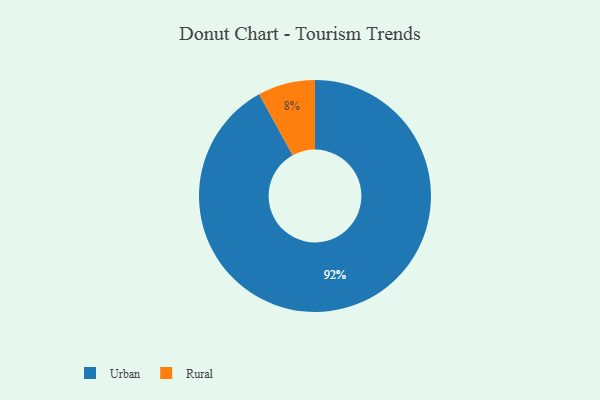
{"axis": {"x": "Category", "y": "Percentage"}, "legend": ["Rural", "Urban"], "data": [{"x": "Rural", "y": 8, "type": "Rural"}, {"x": "Urban", "y": 92, "type": "Urban"}]}